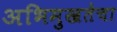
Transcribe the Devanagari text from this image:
अभिमुखतेचा